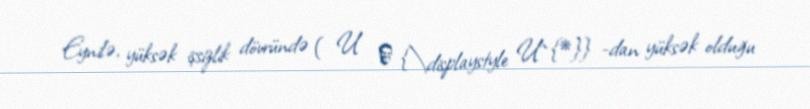
Eynilə, yüksək işsizlik dövründə ( U ∗ {\displaystyle U^{*}} -dan yüksək olduğu